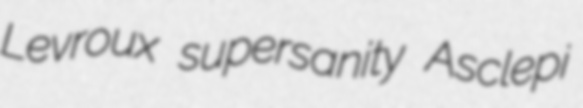
Levroux supersanity Asclepi